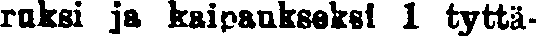
ruksi ja kaipaukseksi 1 tyttä-